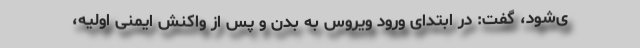
ی‌شود، گفت: در ابتدای ورود ویروس به بدن و پس از واکنش ایمنی اولیه،